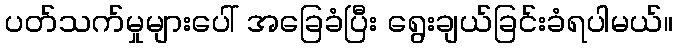
ပတ်သက်မှုများပေါ် အခြေခံပြီး ရွေးချယ်ခြင်းခံရပါမယ်။